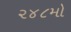
૨૪૮મો